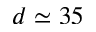
d \simeq 3 5